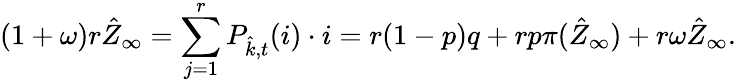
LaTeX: (1+\omega)r\hat{Z}_{\infty}=\sum_{j=1}^{r}P_{\hat{k},t}(i)\cdot i=r(1-p)q+rp\pi(\hat{Z}_{\infty})+r\omega\hat{Z}_{\infty}.